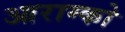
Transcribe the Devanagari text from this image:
आराम्को